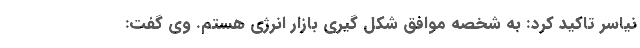
نیاسر تاکید کرد: به شخصه موافق شکل گیری بازار انرژی هستم. وی گفت: